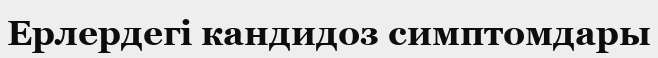
Ерлердегі кандидоз симптомдары